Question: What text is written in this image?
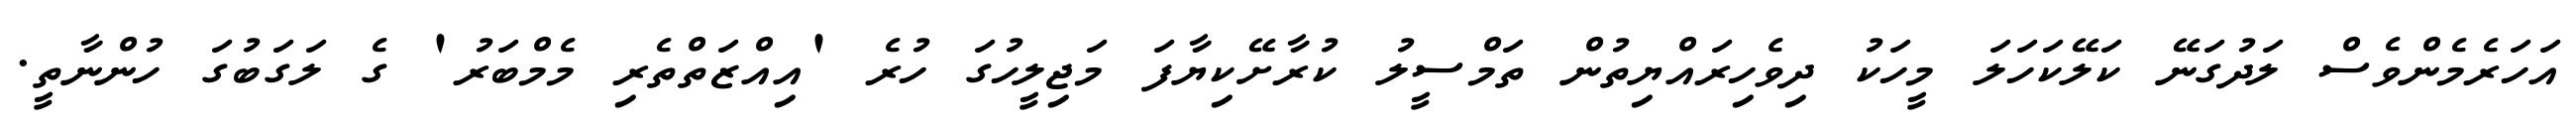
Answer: އަހަރެމެންވެސް ލަދުގަނޭ ކަލޭކަހަލަ މީހަކު ދިވެހިރައްޔިތުން ތަމްސީލު ކުރާށޭކިޔާފަ މަޖިލީހުގަ ހުރެ 'އިއްޒަތްތެރި މެމްބަރު' ގެ ލަގަބުގަ ހުންނާތީ.